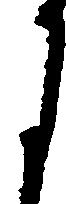
月